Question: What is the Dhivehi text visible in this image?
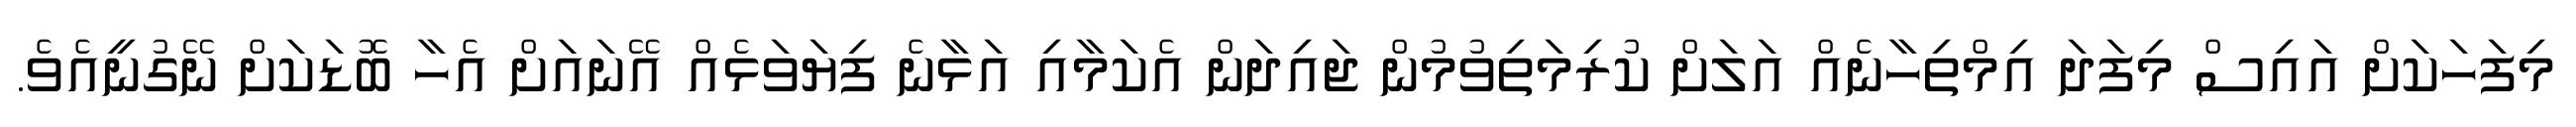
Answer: މިފަހަކަށް އައިސް މިފަދަ އިމްތިހާނެއް އަލަށް ކުރިމަތިވުމުން ޖައިދަން އެކަމާއި އަޅާނެ ފިޔަވަޅެއް އޭނައަށް އެހާ ބޮޑަކަށް ނޭގުނީއެވެ.